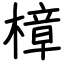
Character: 樟